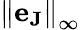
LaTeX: {\| \mathbf{e}_{\mathbf{J}}\| }_{\infty}